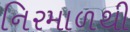
નિરમાળથી